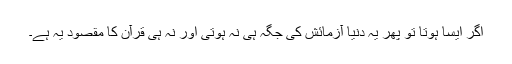
اگر ایسا ہوتا تو پھر یہ دنیا آزمائش کی جگہ ہی نہ ہوتی اور نہ ہی قرآن کا مقصود یہ ہے۔